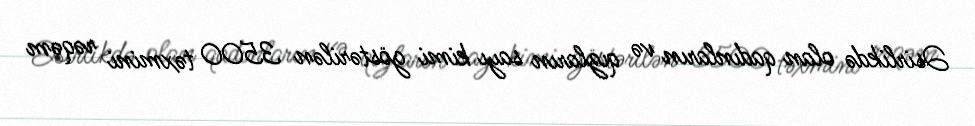
Əsirlikdə olan qadınların və qızların sayı kimi göstərilən 3500 təxmini rəqəm